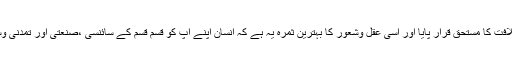
یہ عقل ہے کہ جس کی وجہ سے انسان خلافت کا مستحق قرار پایا اور اسی عقل وشعور کا بہترین ثمرہ یہ ہے کہ انسان اپنے آپ کو قسم قسم کے سائنسی ،صنعتی اور تمدنی وسائل اور ایجادات سے آراستہ کر رہا ہے ۔